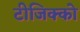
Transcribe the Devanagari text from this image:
टीजिक्को